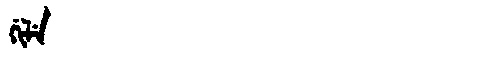
Manchu: ᡤᡳᠯᡝ
Romanization: GILE